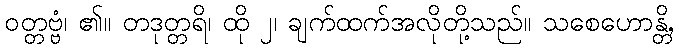
ဝတ္တဗ္ဗံ၊ ၏။ တဒုတ္တရိ၊ ထို ၂၊ ချက်ထက်အလိုတို့သည်။ သစေဟောန္တိ,